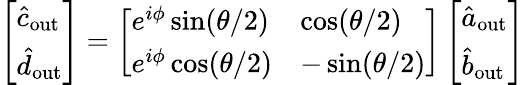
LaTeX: \left[\begin{array}{l}{\hat{c}_{\mathrm{out}}}\\ {\hat{d}_{\mathrm{out}}}\end{array}\right]=\left[\begin{array}{ll}{e^{i\phi}\sin(\theta/2)}&{\cos(\theta/2)}\\ {e^{i\phi}\cos(\theta/2)}&{-\sin(\theta/2)}\end{array}\right]\left[\begin{array}{l}{\hat{a}_{\mathrm{out}}}\\ {\hat{b}_{\mathrm{out}}}\end{array}\right]